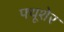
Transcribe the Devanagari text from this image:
फ्यूशेर